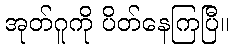
အုတ်ဂူကို ပိတ်နေကြပြီ။